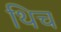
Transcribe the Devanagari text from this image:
थिच